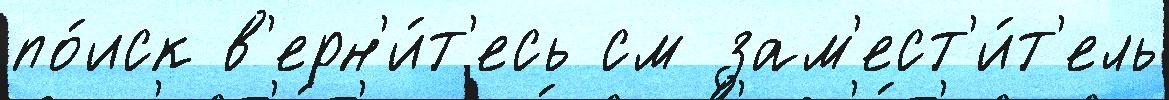
по́иск в'ерн'и́т'есь см зам'ест'и́т'ель